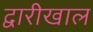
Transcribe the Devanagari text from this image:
द्वारीखाल